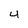
Character: 4